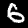
Label: 6